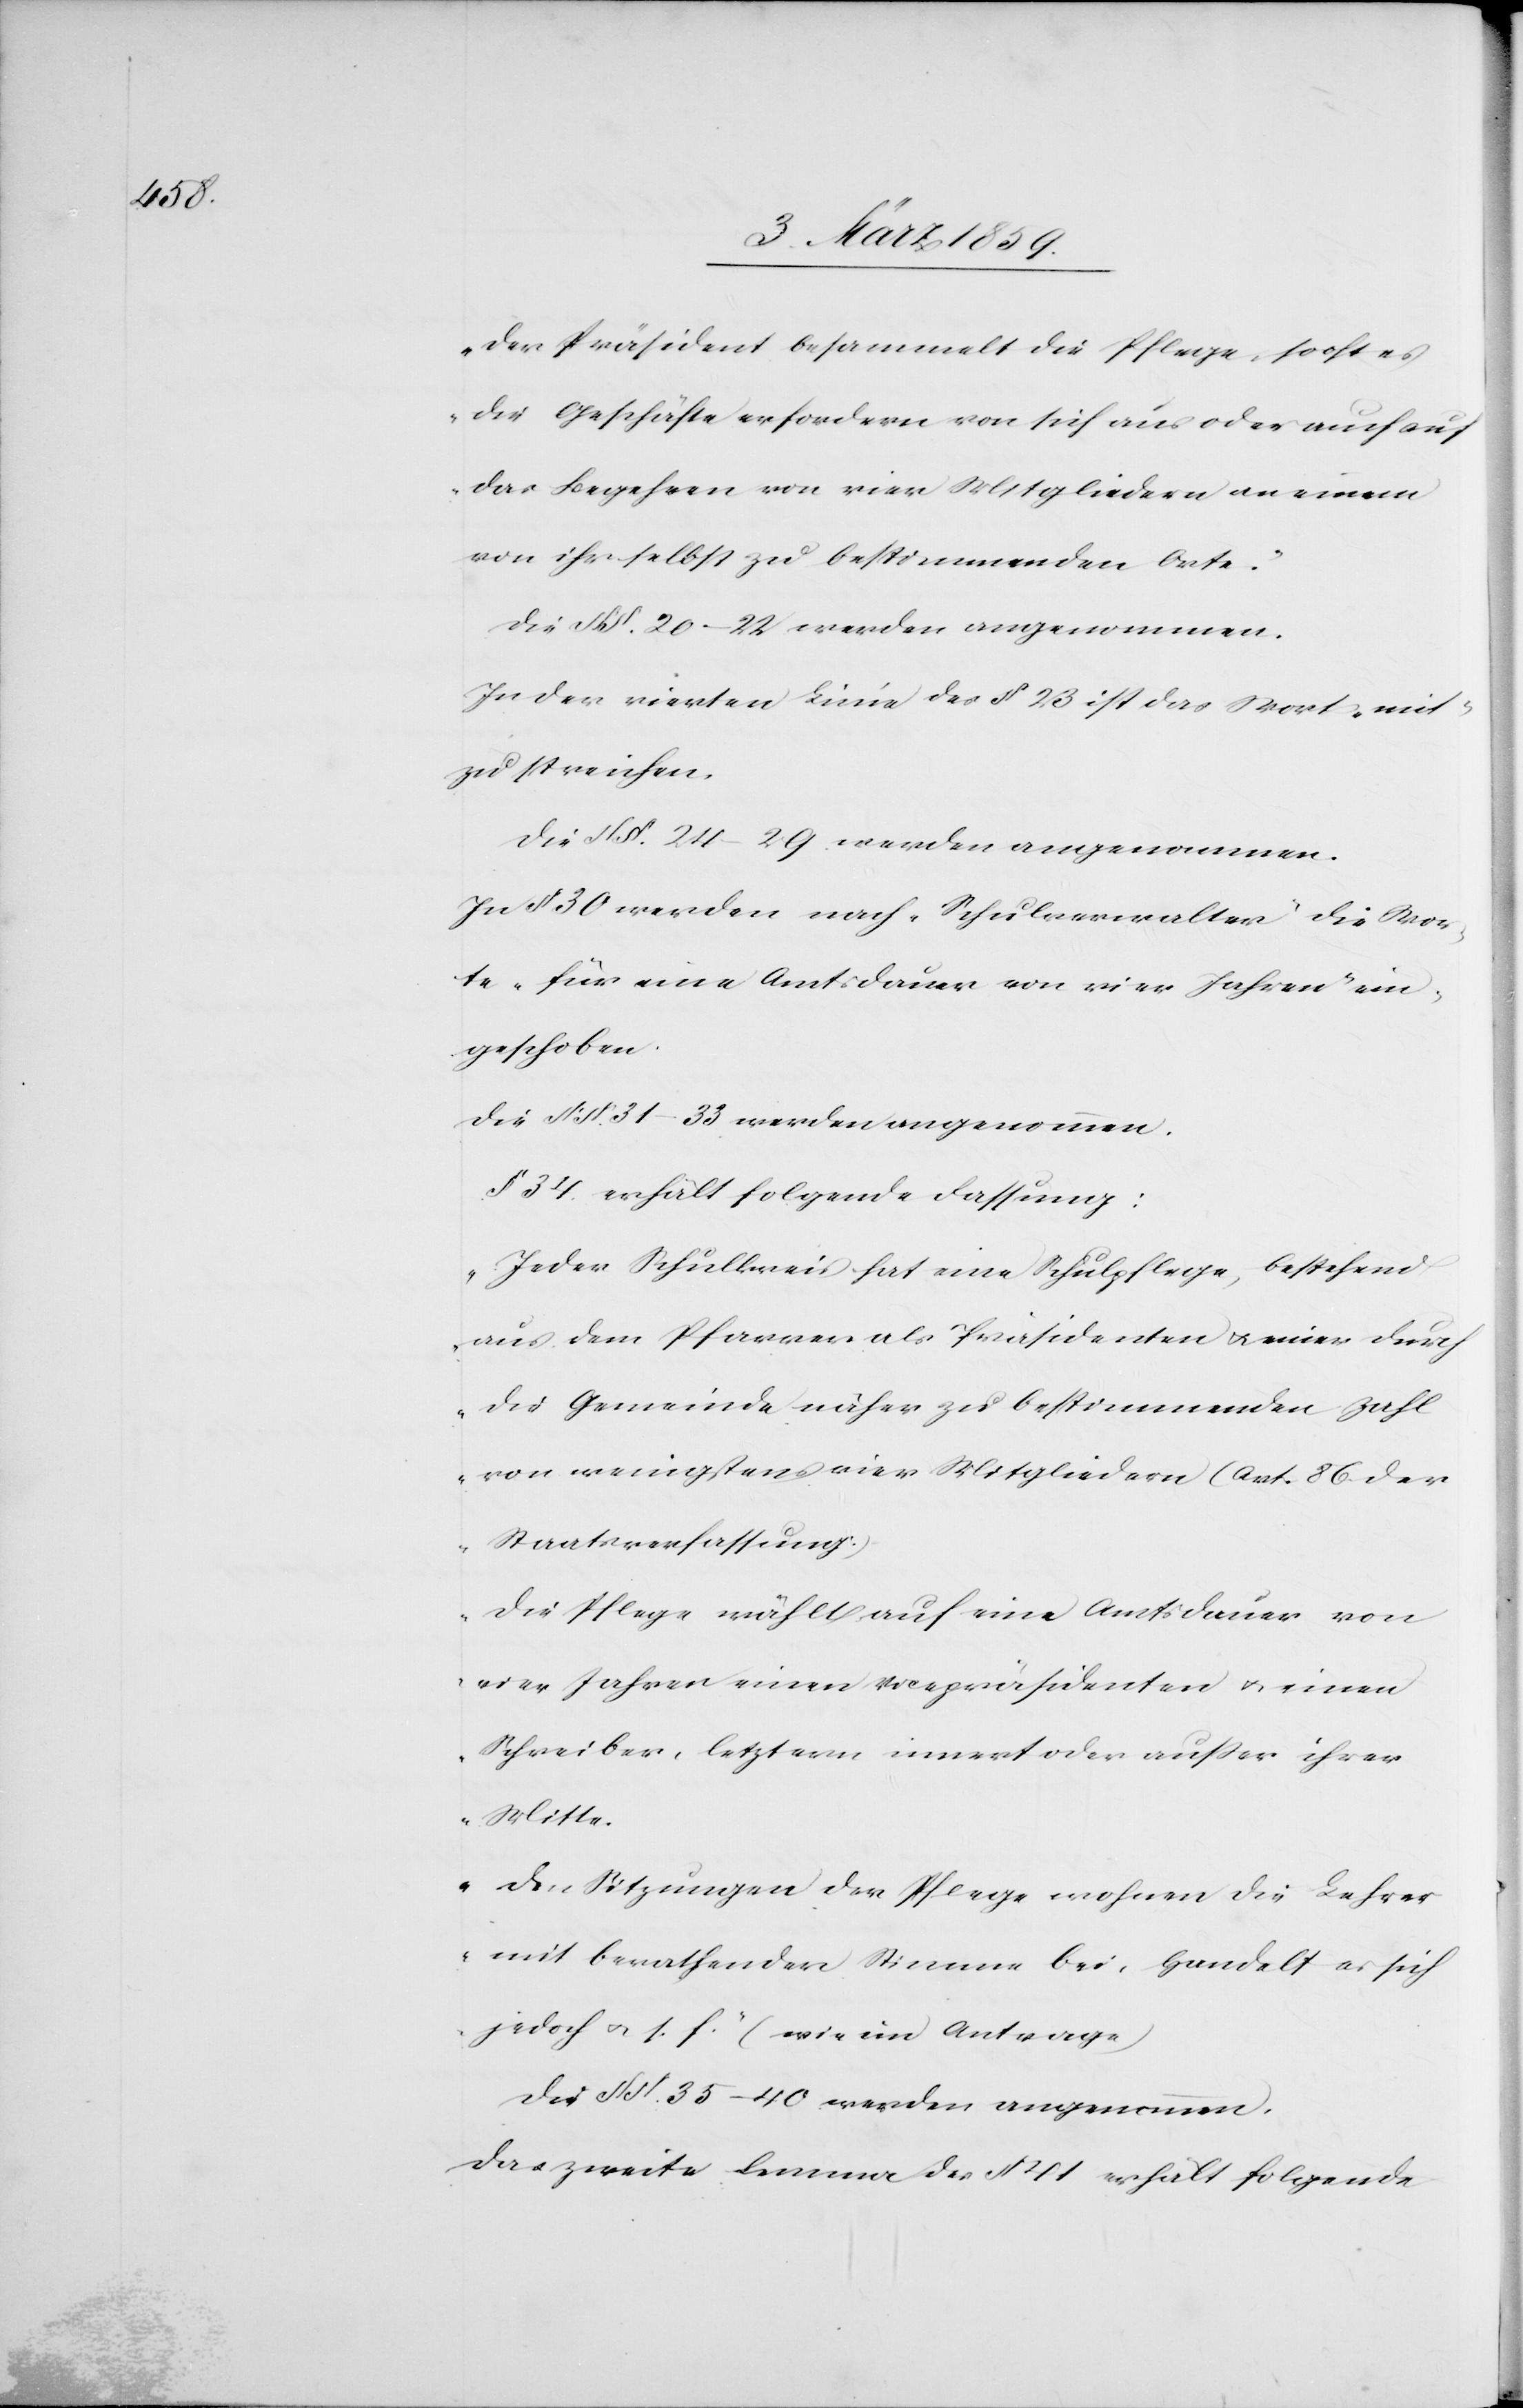
„Der Präsident besammelt die Pflege, so oft es
die Geschäfte erfordern von sich aus oder auch auf
das Begehren von vier Mitgliedern an einem
von ihr selbst zu bestimmenden Orte.“
In der vierten Linie des § 23 ist das Wort „mit“
zu streichen.
Die § §. 31–33 werden angenommen.
In § 30 werden nach „Schulverwalter“ die Wor¬
te „für eine Amtsdauer von vier Jahren“ ein¬
geschoben.
§ 34. erhält folgende Fassung:
„Jeder Schulkreis hat eine Schulpflege, bestehend
aus dem Pfarrer als Präsidenten u. einer durch
die Gemeinde näher zu bestimmenden Zahl
von wenigstens vier Mitgliedern (Art. 86. der
Staatsverfassung:)
Die Pflege wählt auf eine Amtsdauer von
vier Jahren einen Vicepräsidenten u. einen
Schreiber, letztern innert oder außer ihrer
Mitte.
Den Sitzungen der Pflege wohnen die Lehrer
mit berathender Stimme bei, handelt es sich
jedoch u. s. f.“ (wie im Antrage)
Die § §. 35–40 werden angenommen.
Das zweite lemma des § 41 erhält folgende